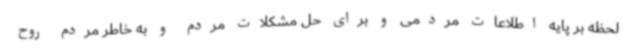
لحظه بر پایه اطلاعات مردمی و برای حل مشکلات مردم و به خاطر مردم روح